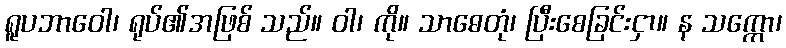
ရူပဘာဝေါ၊ ရုပ်၏အဖြစ် သည်။ ဝါ၊ ကို။ သာဓေတုံ၊ ပြီးစေခြင်းငှာ။ န သက္ကော၊